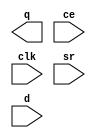
// This program was cloned from: https://github.com/ieee-ceda-datc/RDF-2019
// License: MIT License

module AL_MAP_SEQ (
	output q,
	input ce,
	input clk,
	input sr,
	input d
);
	parameter DFFMODE = "FF"; //FF,LATCH
	parameter REGSET = "RESET"; //RESET/SET
	parameter SRMUX = "SR"; //SR/INV
	parameter SRMODE = "SYNC"; //SYNC/ASYNC
endmodule

module AL_MAP_LUT1 (
	output o,
	input a
);
	parameter [1:0] INIT = 2'h0;
	parameter EQN = "(A)";
	assign o = INIT >> a;
endmodule

module AL_MAP_LUT2 (
	output o,
	input a,
	input b
);
	parameter [3:0] INIT = 4'h0;
	parameter EQN = "(A)";
	assign o = INIT >> {b, a};
endmodule

module AL_MAP_LUT3 (
	output o,
	input a,
	input b,
	input c
);
	parameter [7:0] INIT = 8'h0;
	parameter EQN = "(A)";
	assign o = INIT >> {c, b, a};
endmodule

module AL_MAP_LUT4 (
	output o,
	input a,
	input b,
	input c,
	input d
);
	parameter [15:0] INIT = 16'h0;
	parameter EQN = "(A)";
	assign o = INIT >> {d, c, b, a};
endmodule

module AL_MAP_LUT5 (
	output o,
	input a,
	input b,
	input c,
	input d,
	input e
);
	parameter [31:0] INIT = 32'h0;
	parameter EQN = "(A)";
	assign o = INIT >> {e, d, c, b, a};
endmodule


module AL_MAP_LUT6 (
	output o,
	input a,
	input b,
	input c,
	input d,
	input e,
	input f
);
	parameter [63:0] INIT = 64'h0;
	parameter EQN = "(A)";
	assign o = INIT >> {f, e, d, c, b, a};
endmodule

module AL_MAP_ALU2B (
   input cin,
   input a0, b0, c0, d0,
   input a1, b1, c1, d1,
   output s0, s1, cout
);
	parameter [15:0] INIT0 = 16'h0000;
	parameter [15:0] INIT1 = 16'h0000;
	parameter FUNC0 = "NO";
	parameter FUNC1 = "NO";
endmodule

module AL_MAP_ADDER (
  input a,
  input b,
  input c,
  output [1:0] o
);
	parameter ALUTYPE = "ADD";
endmodule